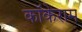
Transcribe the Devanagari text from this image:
कॉकेराम